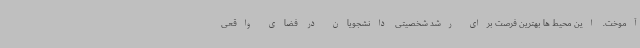
آموخت. این محیط ها بهترین فرصت برای رشد شخصیتی دانشجویان در فضای واقعی